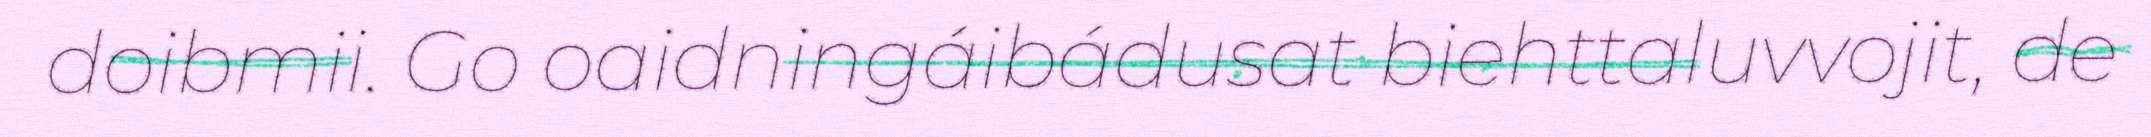
doibmii. Go oaidningáibádusat biehttaluvvojit, de